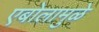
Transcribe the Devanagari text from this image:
एबोलामुळे